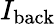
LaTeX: I_{\mathrm{back}}